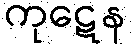
ကုဋေန